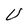
Character: U